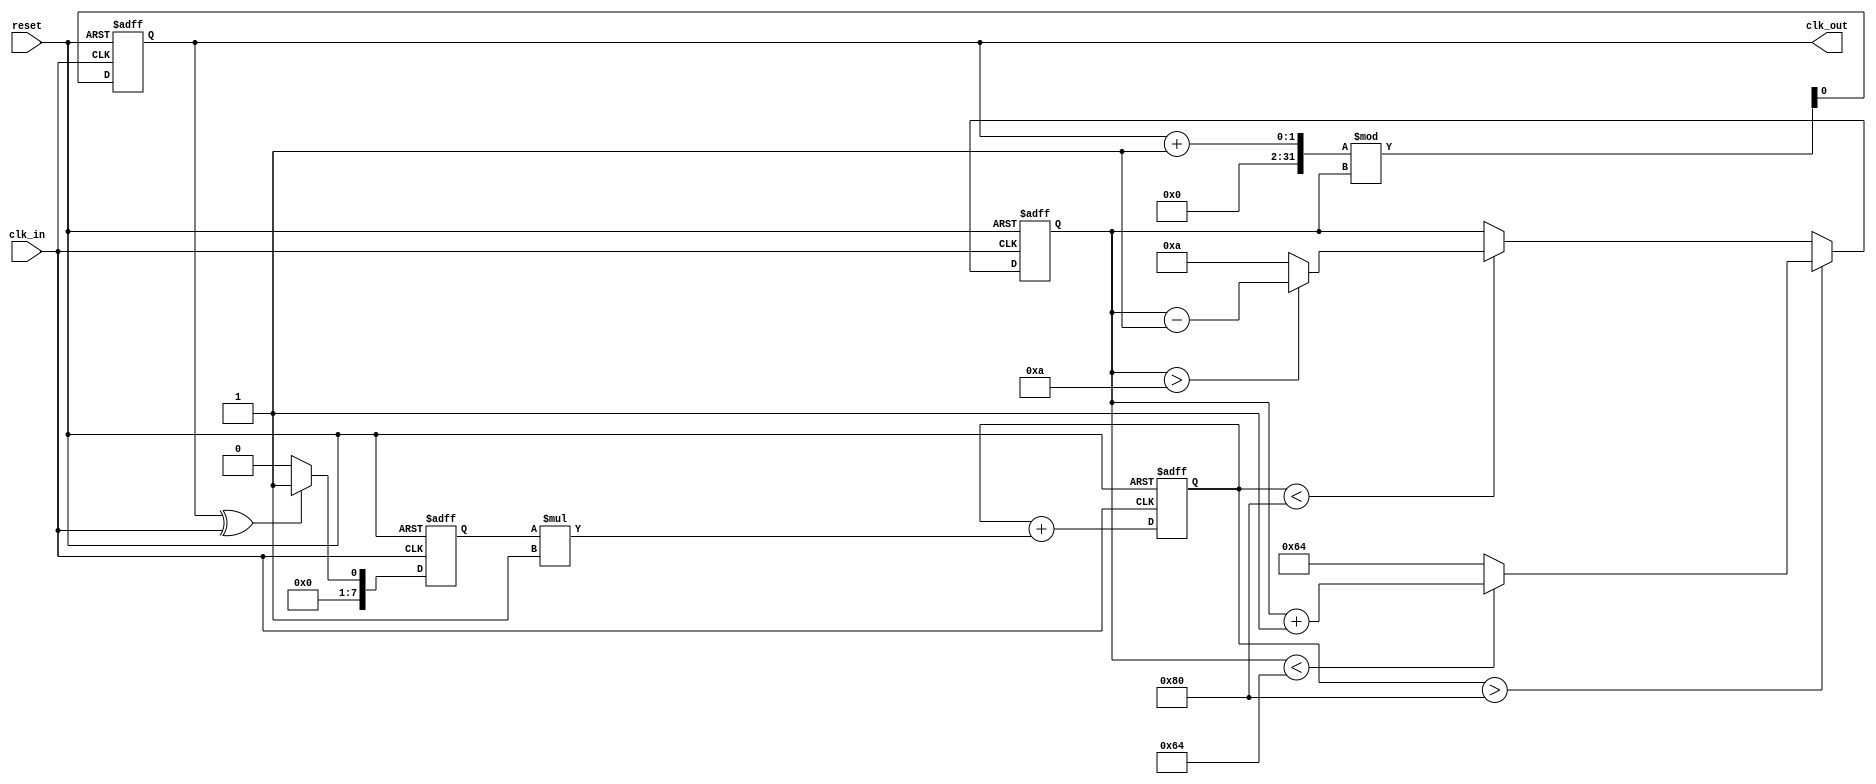
module clock_recovery_pll (
    input wire clk_in,         // Incoming data signal
    input wire reset,          // Reset signal
    output reg clk_out         // Output clock signal
);

// Parameters
parameter integer VCO_MAX_FREQ = 100; // Max frequency for VCO
parameter integer VCO_MIN_FREQ = 10;   // Min frequency for VCO
parameter integer LOOP_FILTER_GAIN = 1; // Gain for loop filter

// Internal signals
reg [7:0] phase_error;          // Phase error signal
reg [7:0] control_voltage;       // Control voltage to VCO
reg [7:0] vco_freq;              // Frequency of VCO
reg [7:0] memory_block [0:15];   // Memory blocks for storing phase info
integer mem_index;               // Index for memory blocks

// Phase Detector (PD)
always @(posedge clk_in or posedge reset) begin
    if (reset) begin
        phase_error <= 0;
    end else begin
        // Simple XOR phase detector
        phase_error <= (clk_out ^ clk_in) ? 1 : 0;
    end
end

// Loop Filter (LF)
always @(posedge clk_in or posedge reset) begin
    if (reset) begin
        control_voltage <= 0;
    end else begin
        // Simple first-order loop filter
        control_voltage <= control_voltage + (phase_error * LOOP_FILTER_GAIN);
    end
end

// Voltage-Controlled Oscillator (VCO)
always @(posedge clk_in or posedge reset) begin
    if (reset) begin
        vco_freq <= VCO_MIN_FREQ;
        clk_out <= 0;
    end else begin
        // Adjust VCO frequency based on control voltage
        if (control_voltage > 128) begin
            vco_freq <= (vco_freq < VCO_MAX_FREQ) ? vco_freq + 1 : VCO_MAX_FREQ;
        end else if (control_voltage < 128) begin
            vco_freq <= (vco_freq > VCO_MIN_FREQ) ? vco_freq - 1 : VCO_MIN_FREQ;
        end
        
        // Generate output clock based on VCO frequency
        clk_out <= (clk_out + 1) % vco_freq;
    end
end

// Memory Blocks for storing phase information
always @(posedge clk_in or posedge reset) begin
    if (reset) begin
        mem_index <= 0;
    end else begin
        // Store phase error in memory block
        memory_block[mem_index] <= phase_error;
        mem_index <= (mem_index + 1) % 16; // Circular buffer
    end
end

endmodule